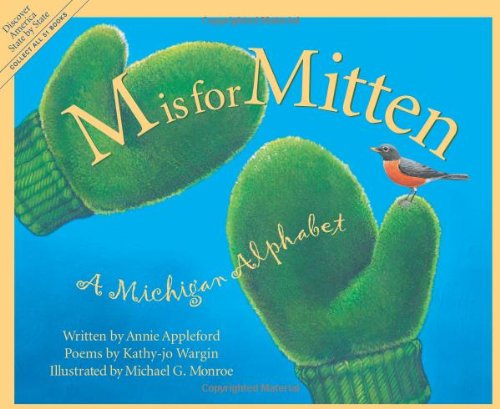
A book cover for M Is For Mitten: A Michigan Alphabet (Discover America State by State); Annie Appleford; Children's Books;